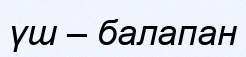
үш – балапан